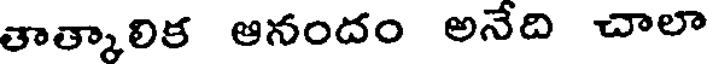
తాత్కాలిక ఆనందం అనేది చాలా